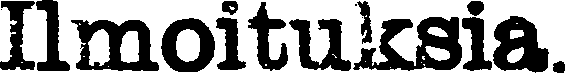
Ilmoituksia.